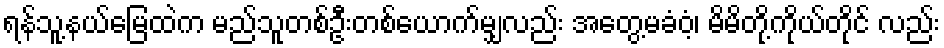
ရန်သူ့နယ်မြေထဲက မည်သူတစ်ဦးတစ်ယောက်မျှလည်း အတွေ့မခံဝံ့၊ မိမိတို့ကိုယ်တိုင် လည်း